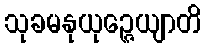
သုခမနုယုဉ္ဇေယျာတိ